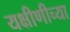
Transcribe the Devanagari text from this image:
यक्षीणीच्या